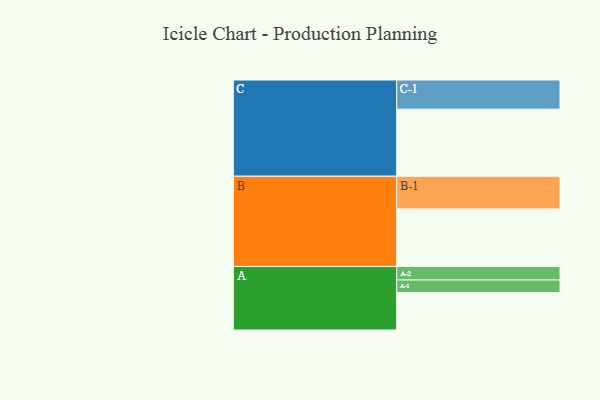
{"axis": {"x": "Segment", "y": "Value"}, "legend": ["", "A", "B", "C"], "data": [{"x": "A", "y": 307, "type": ""}, {"x": "B", "y": 472, "type": ""}, {"x": "C", "y": 550, "type": ""}, {"x": "A-1", "y": 103, "type": "A"}, {"x": "A-2", "y": 111, "type": "A"}, {"x": "B-1", "y": 268, "type": "B"}, {"x": "C-1", "y": 239, "type": "C"}]}